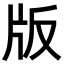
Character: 版